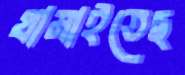
থামাইতেছ